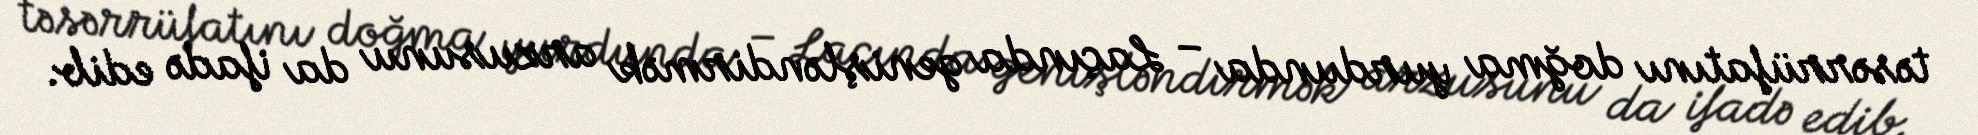
təsərrüfatını doğma yurdunda – Laçında genişləndirmək arzusunu da ifadə edib.